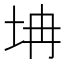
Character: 㘱